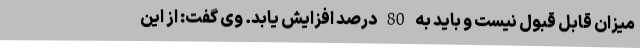
میزان قابل قبول نیست و باید به 80 درصد افزایش یابد. وی گفت: از این